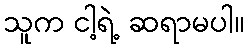
သူက ငါ့ရဲ့ ဆရာမပါ။